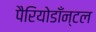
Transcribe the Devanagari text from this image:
पैरियोडाँन्टल